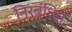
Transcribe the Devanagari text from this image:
निर्बंधित